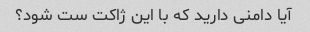
آیا دامنی دارید که با این ژاکت ست شود؟